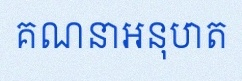
គណនាអនុបាត